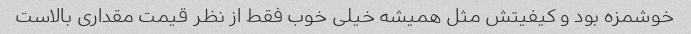
خوشمزه بود و کیفیتش مثل همیشه خیلی خوب فقط از نظر قیمت مقداری بالاست